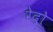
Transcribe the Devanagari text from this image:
रेदो